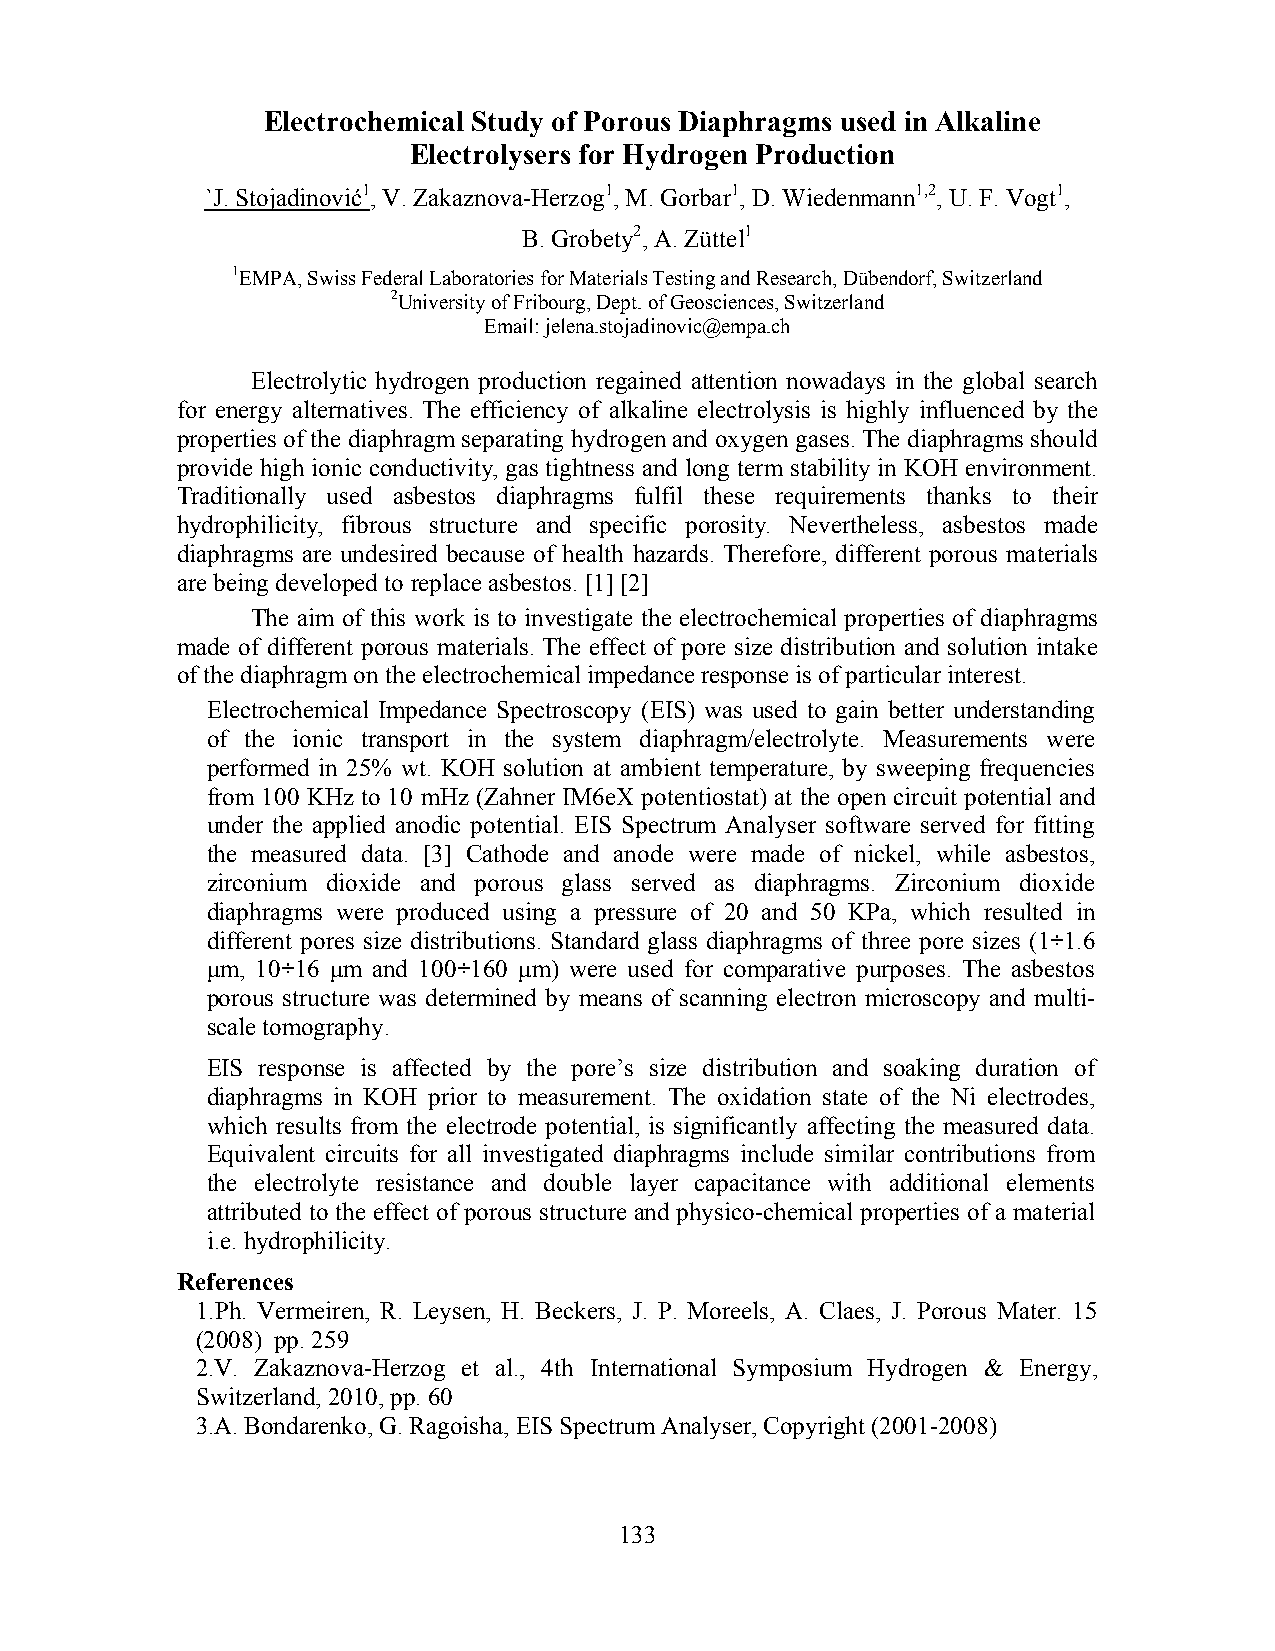
Electrochemical Study of Porous Diaphragms used in Alkaline
 Electrolysers for Hydrogen Production
 `J. Stojadinović1, V. Zakaznova-Herzog1, M. Gorbar1, D. Wiedenmann1,2, U. F. Vogt1,
 B. Grobety2, A. Züttel1
 1EMPA, Swiss Federal Laboratories for Materials Testing and Research, Dübendorf, Switzerland
 2University of Fribourg, Dept. of Geosciences, Switzerland
 Email: jelena.stojadinovic@empa.ch
 Electrolytic hydrogen production regained attention nowadays in the global search
 for energy alternatives. The efficiency of alkaline electrolysis is highly influenced by the
 properties of the diaphragm separating hydrogen and oxygen gases. The diaphragms should
 provide high ionic conductivity, gas tightness and long term stability in KOH environment.
 Traditionally used asbestos diaphragms fulfil these requirements thanks to their
 hydrophilicity, fibrous structure and specific porosity. Nevertheless, asbestos made
 diaphragms are undesired because of health hazards. Therefore, different porous materials
 are being developed to replace asbestos. [1] [2]
 The aim of this work is to investigate the electrochemical properties of diaphragms
 made of different porous materials. The effect of pore size distribution and solution intake
 of the diaphragm on the electrochemical impedance response is of particular interest.
 Electrochemical Impedance Spectroscopy (EIS) was used to gain better understanding
 of the ionic transport in the system diaphragm/electrolyte. Measurements were
 performed in 25% wt. KOH solution at ambient temperature, by sweeping frequencies
 from 100 KHz to 10 mHz (Zahner IM6eX potentiostat) at the open circuit potential and
 under the applied anodic potential. EIS Spectrum Analyser software served for fitting
 the measured data. [3] Cathode and anode were made of nickel, while asbestos,
 zirconium dioxide and porous glass served as diaphragms. Zirconium dioxide
 diaphragms were produced using a pressure of 20 and 50 KPa, which resulted in
 different pores size distributions. Standard glass diaphragms of three pore sizes (1÷1.6
 μm, 10÷16 μm and 100÷160 μm) were used for comparative purposes. The asbestos
 porous structure was determined by means of scanning electron microscopy and multi-
 scale tomography.
 EIS response is affected by the pore’s size distribution and soaking duration of
 diaphragms in KOH prior to measurement. The oxidation state of the Ni electrodes,
 which results from the electrode potential, is significantly affecting the measured data.
 Equivalent circuits for all investigated diaphragms include similar contributions from
 the electrolyte resistance and double layer capacitance with additional elements
 attributed to the effect of porous structure and physico-chemical properties of a material
 i.e. hydrophilicity.
 References
 1.Ph. Vermeiren, R. Leysen, H. Beckers, J. P. Moreels, A. Claes, J. Porous Mater. 15
 (2008) pp. 259
 2.V. Zakaznova-Herzog et al., 4th International Symposium Hydrogen & Energy,
 Switzerland, 2010, pp. 60
 3.A. Bondarenko, G. Ragoisha, EIS Spectrum Analyser, Copyright (2001-2008)
 133